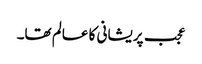
عجب پریشانی کا عالم تھا۔